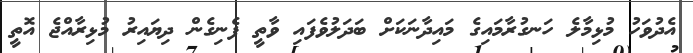
އެދުވަހު މުޅިމާލެ ހަނގުރާމައިގެ މައިދާނަކަށް ބަދަލުވެފައި ވާތީ ފެނިގެން ދިޔައިރު މުޅިރާއްޖެ އޮތީ